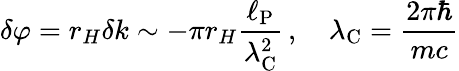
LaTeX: \delta\varphi=r_{H}\delta k\sim-\pi r_{H}\frac{\ell_{\mathrm{P}}}{\lambda_{\mathrm{C}}^{2}}\, ,\quad\lambda_{\mathrm{C}}=\frac{2\pi\hbar}{mc}